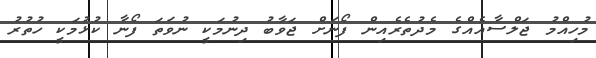
މުހިއްމު ޖަލްސާއެއްގެ މެދުތެރެއިން ފޯނަށް ޖަވާބު ދިނުމަކީ ނުވަތަ ފޯނާ ކުޅުމަކީ ހުތުރު